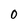
Character: O